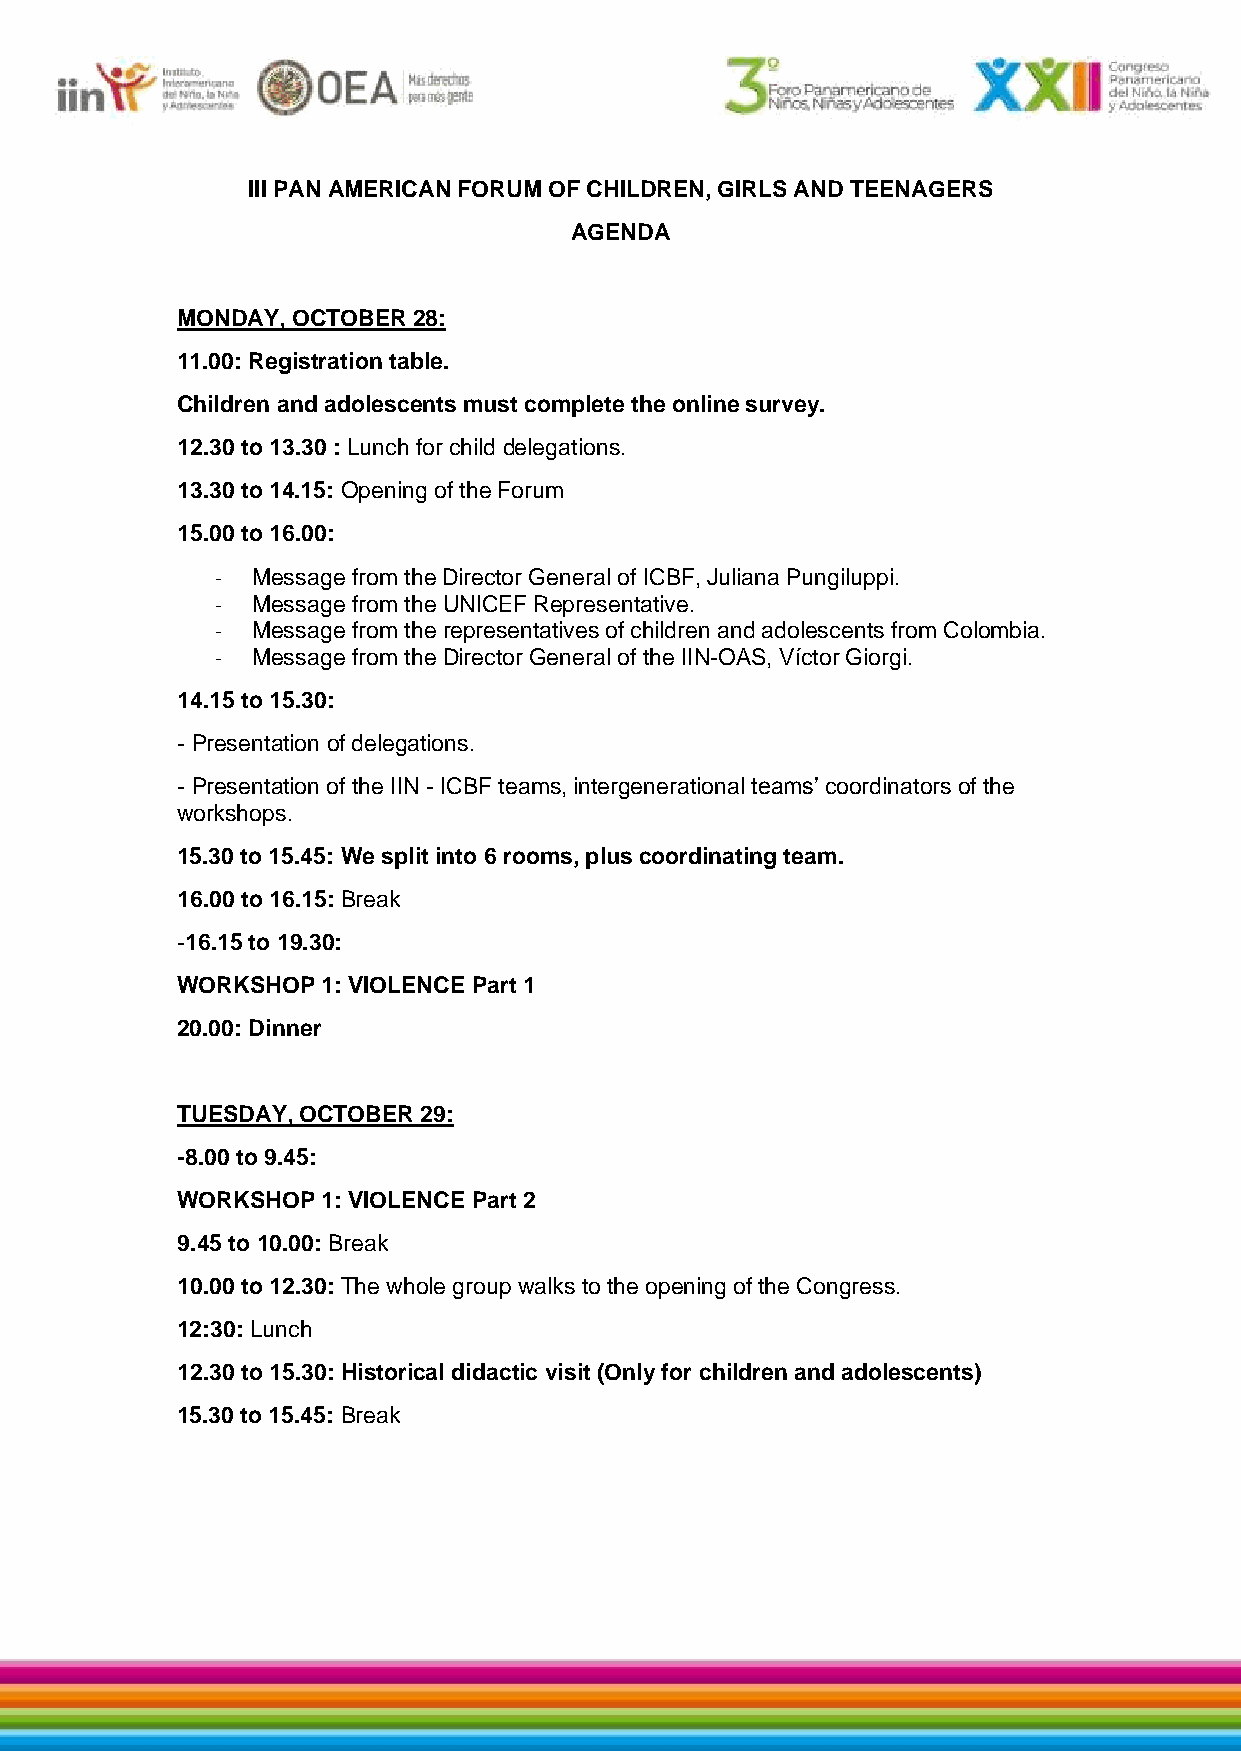
III PAN AMERICAN FORUM OF CHILDREN, GIRLS AND TEENAGERS
 AGENDA
 MONDAY, OCTOBER 28:
 11.00: Registration table.
 Children and adolescents must complete the online survey.
 12.30 to 13.30 : Lunch for child delegations.
 13.30 to 14.15: Opening of the Forum
 15.00 to 16.00:
 -  Message from the Director General of ICBF, Juliana Pungiluppi.
 -  Message from the UNICEF Representative.
 -  Message from the representatives of children and adolescents from Colombia.
 -  Message from the Director General of the IIN-OAS, Víctor Giorgi.
 14.15 to 15.30:
 - Presentation of delegations.
 - Presentation of the IIN - ICBF teams, intergenerational teams’ coordinators of the
 workshops.
 15.30 to 15.45: We split into 6 rooms, plus coordinating team.
 16.00 to 16.15: Break
 -16.15 to 19.30:
 WORKSHOP 1: VIOLENCE Part 1
 20.00: Dinner
 TUESDAY, OCTOBER 29:
 -8.00 to 9.45:
 WORKSHOP 1: VIOLENCE Part 2
 9.45 to 10.00: Break
 10.00 to 12.30: The whole group walks to the opening of the Congress.
 12:30: Lunch
 12.30 to 15.30: Historical didactic visit (Only for children and adolescents)
 15.30 to 15.45: Break